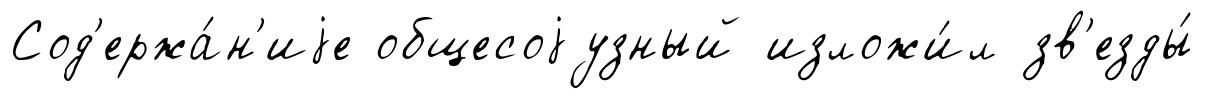
Сод'ержа́н'иjе общесоjузный изложи́л зв'езды́